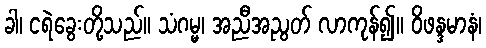
ခါ၊ ငရဲခွေးတို့သည်။ သံဂမ္မ၊ အညီအညွတ် လာကုန်၍။ ဝိဖန္ဒမာနံ၊